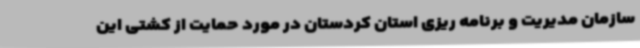
سازمان مدیریت و برنامه ریزی استان کردستان در مورد حمایت از کشتی این